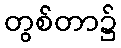
တွစ်တာ၌